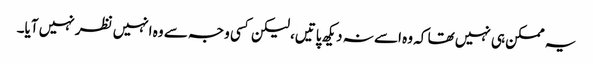
یہ ممکن ہی نہیں تھا کہ وہ اسے نہ دیکھ پاتیں، لیکن کسی وجہ سے وہ انہیں نظر نہیں آیا۔